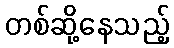
တစ်ဆို့နေသည့်